Riigikantselei, lk 164
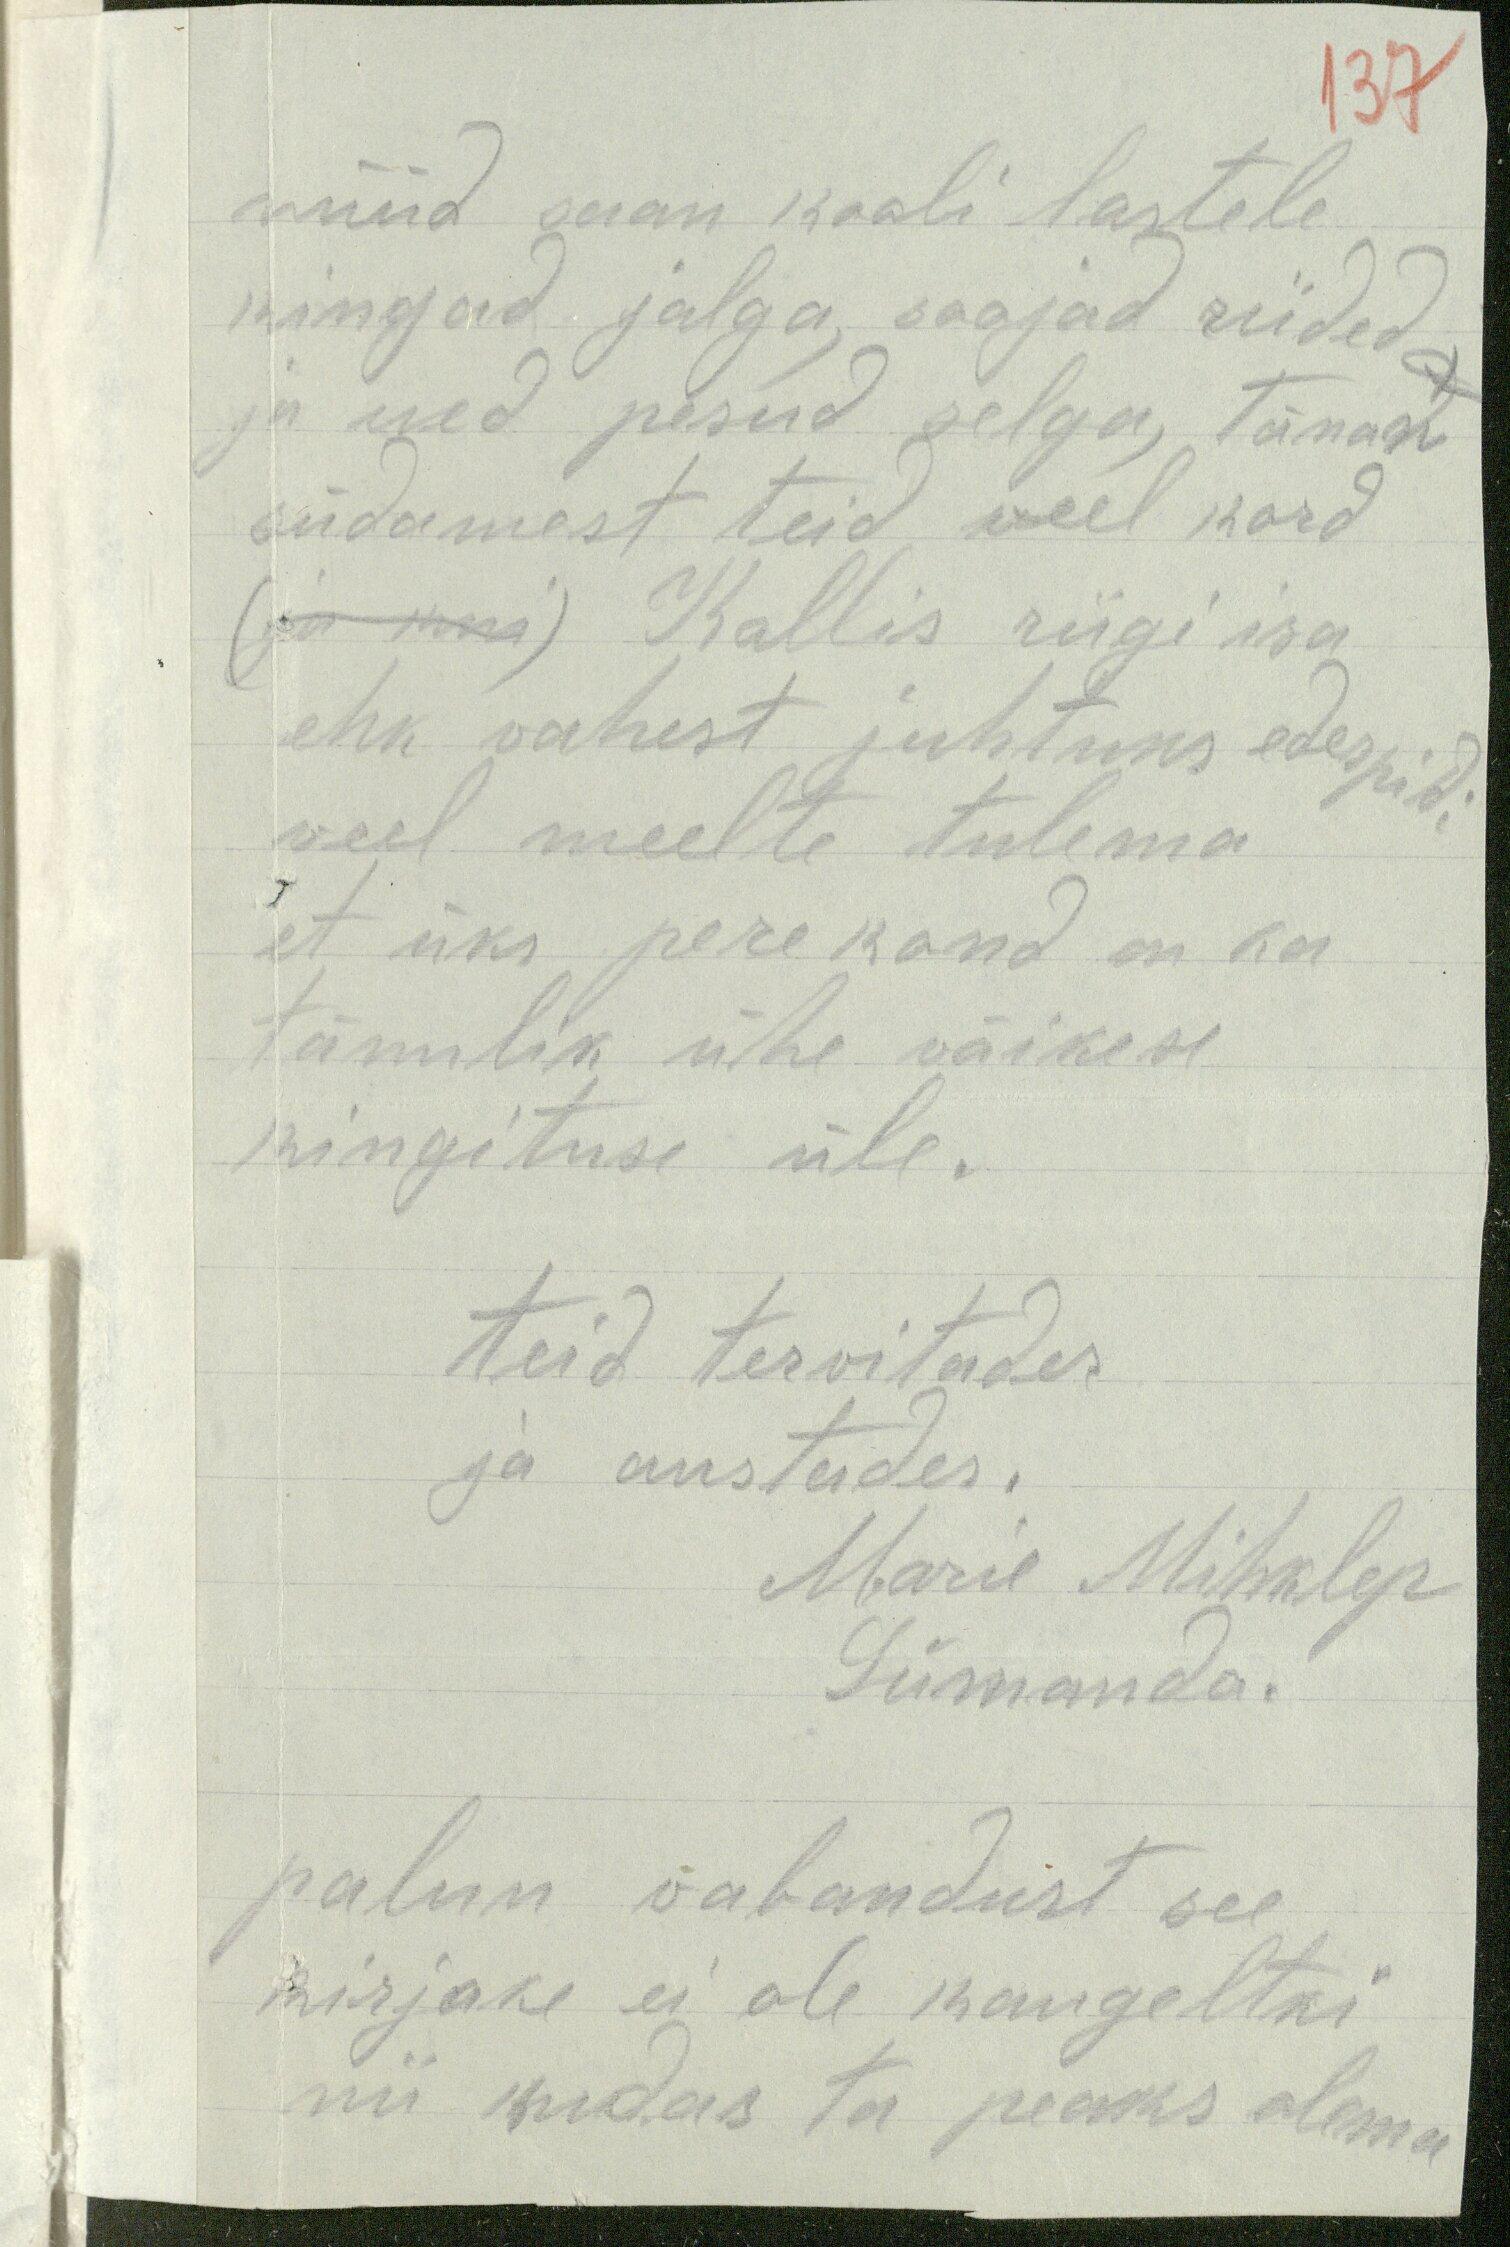
137
nüüd saan kooli lastele
kingad jalga, soojad riided
ja ued pesud selga, tänan
südamest teid veel kord
(ja kui) Kallis riigi isa
ehk vahest juhtuks edespidi
veel meelte tulema
et üks perekond on ka
tänulik ühe väikese
kingituse üle.
Teid tervitades
ja austades.
Marie Mihklep
Lümanda.
palun vabandust see
kirjake ei ole kaugeltki
nii kudas ta peaks olema